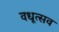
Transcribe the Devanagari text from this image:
वधूत्सव